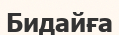
Бидайға